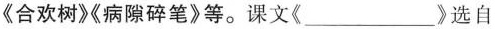
《合欢树》《病隙碎笔》等。课文《___》选自